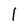
Character: l